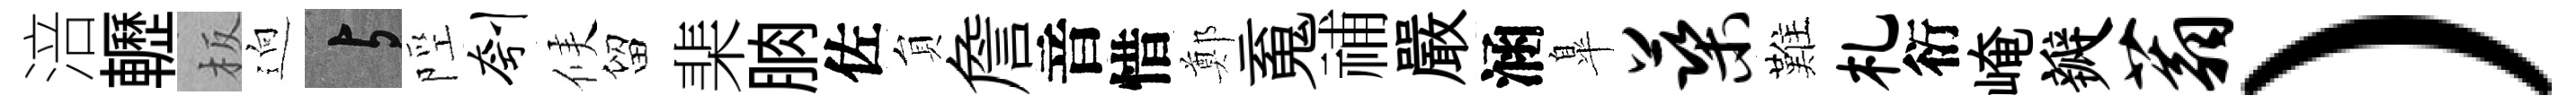
涪轣板逈与陘刳候留棐朒佐貟詹音惜鄭䰟𥙷嚴涵臯蕖難札衍崦瓣蓊）